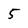
Character: 5